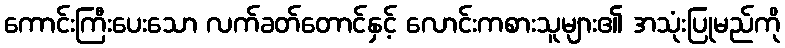
ကောင်းကြီးပေးသော လက်ခတ်တောင်နှင့် လောင်းကစားသူများ၏ အသုံးပြုမည်ကို